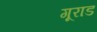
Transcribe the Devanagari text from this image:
गूराड